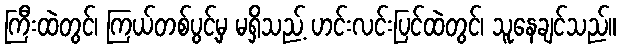
ကြီးထဲတွင်၊ ကြယ်တစ်ပွင့်မှ မရှိသည့် ဟင်းလင်းပြင်ထဲတွင်၊ သူနေချင်သည်။